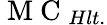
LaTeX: \mathrm{~M~C~}_{Hlt.}